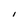
Character: I